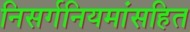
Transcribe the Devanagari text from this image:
निसर्गनियमांसहित